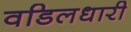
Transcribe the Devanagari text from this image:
वडिलधारी